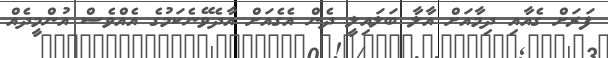
ފަރަށް ގެއާއި ދިމާއަށް އާލާ ބަލައިލީ ދެން އެގެއަށް އާދެވޭނެކަމުގެ އެއްވެސް އުންމީދެއް